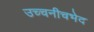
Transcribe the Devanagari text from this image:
उच्चनीचभेद